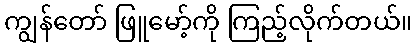
ကျွန်တော် ဖြူမော့်ကို ကြည့်လိုက်တယ်။